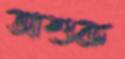
অশুক